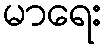
မာရေး